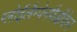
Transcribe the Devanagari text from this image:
ग्लोईलैम्पेनफैब्रीकेन